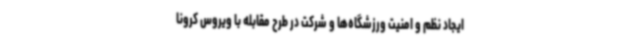
ایجاد نظم و امنیت ورزشگاه‌ها و شرکت در طرح مقابله با ویروس کرونا